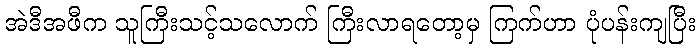
အဲဒီအဖီက သူကြီးသင့်သလောက် ကြီးလာရတော့မှ ကြက်ဟာ ပုံပန်းကျပြီး